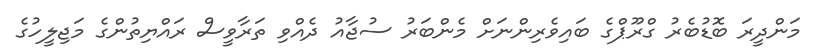
މަންދީރަ ބޮޑުބެރު ގްރޫޕްގެ ބައިވެރިންނަށް މެންބަރު ސުޖާއު ދެއްވި ތަރާވީސް ރައްޔިތުންގެ މަޖިލީހުގެ